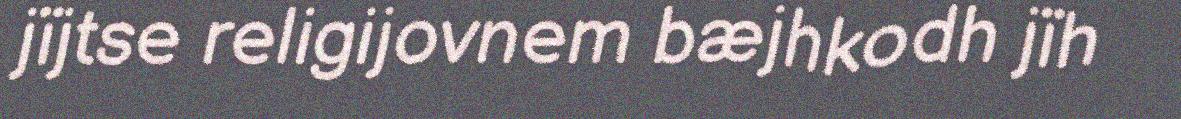
jïjtse religijovnem bæjhkodh jïh